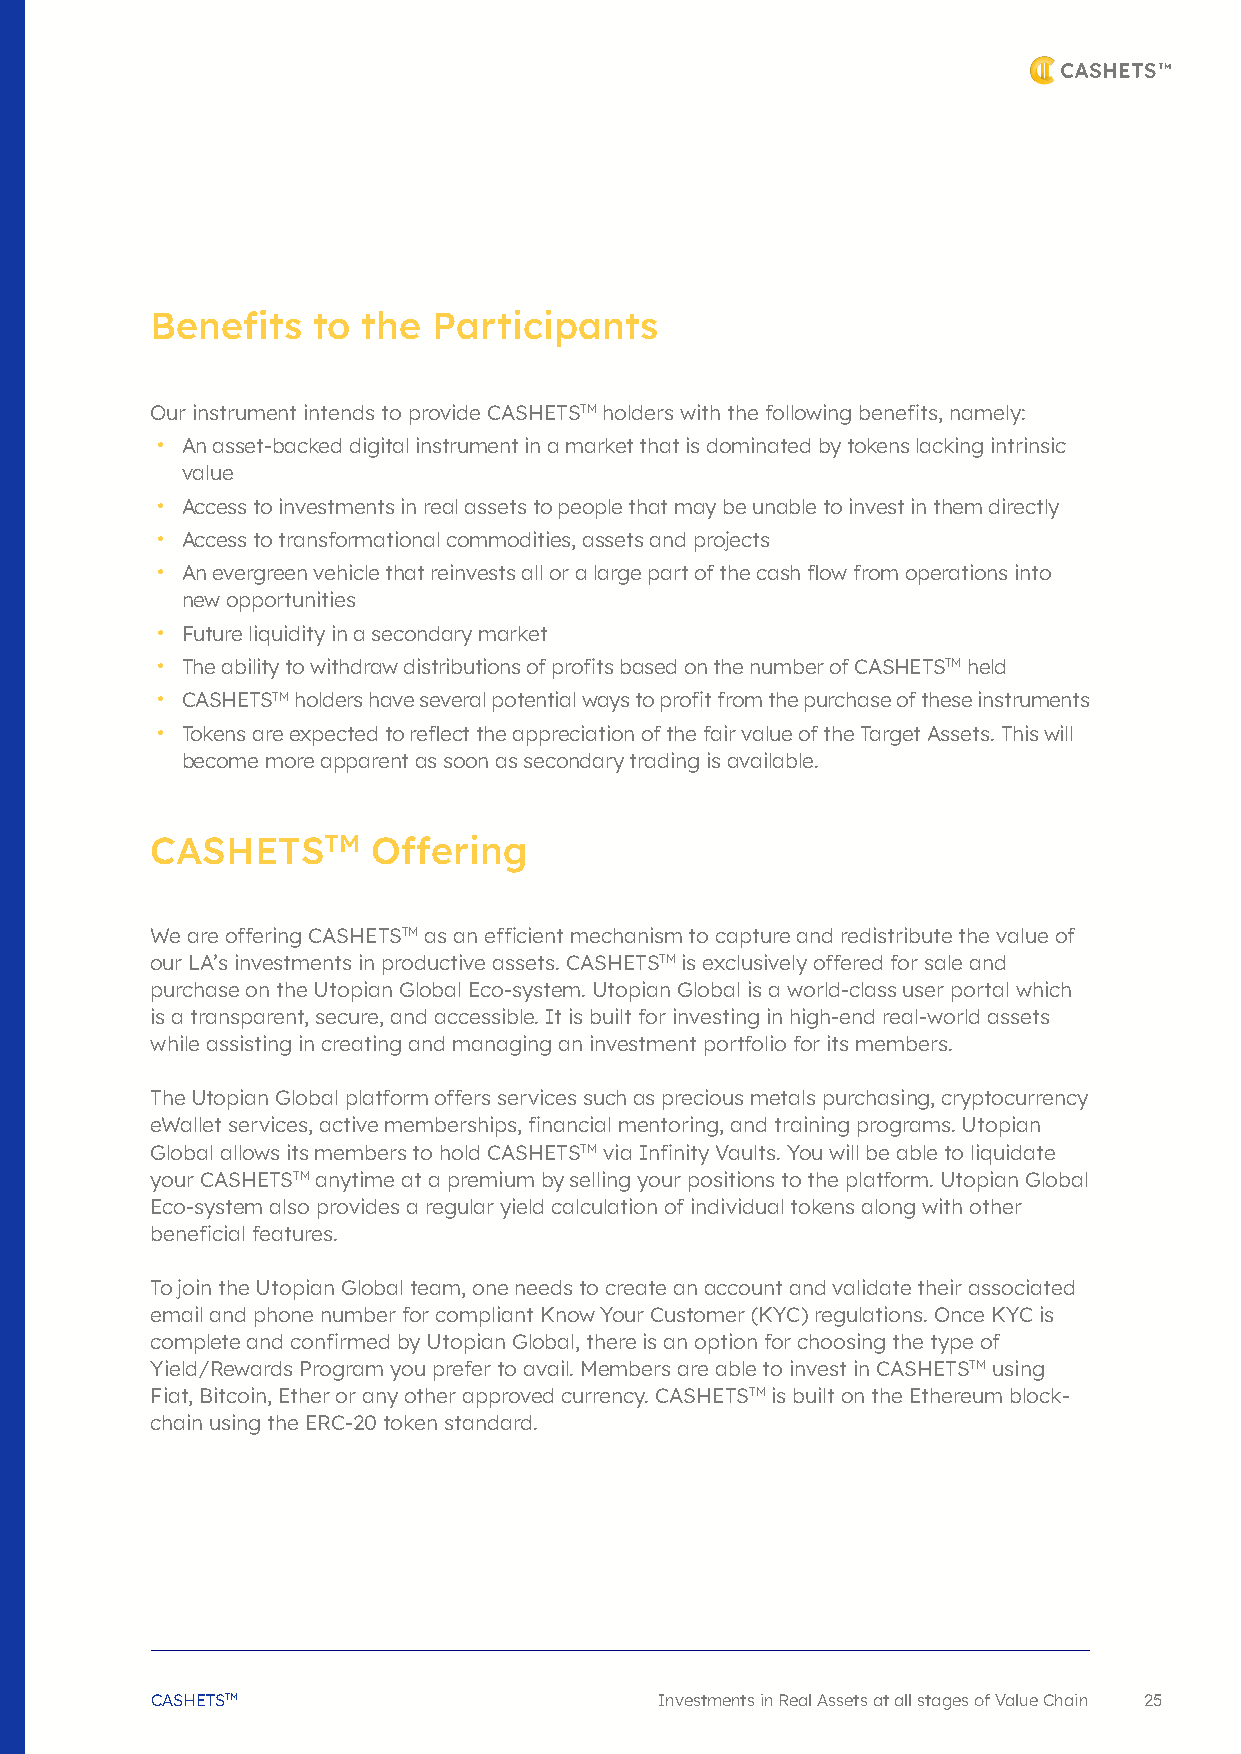
Benefits   to the  Participants
 Our instrument intends to provide CASHETSTM holders with the following benefits, namely:
 • An asset-backed digital instrument in a market that is dominated by tokens lacking intrinsic
 value
 • Access to investments in real assets to people that may be unable to invest in them directly
 • Access to transformational commodities, assets and projects
 • An evergreen vehicle that reinvests all or a large part of the cash flow from operations into
 new opportunities
 • Future liquidity in a secondary market
 • The ability to withdraw distributions of profits based on the number of CASHETSTM held
 • CASHETSTM holders have several potential ways to profit from the purchase of these instruments
 • Tokens are expected to reflect the appreciation of the fair value of the Target Assets. This will
 become more apparent as soon as secondary trading is available.
 CASHETSTM      Offering
 We are offering CASHETSTM as an efficient mechanism to capture and redistribute the value of
 our LA’s investments in productive assets. CASHETSTM is exclusively offered for sale and
 purchase on the Utopian Global Eco-system. Utopian Global is a world-class user portal which
 is a transparent, secure, and accessible. It is built for investing in high-end real-world assets
 while assisting in creating and managing an investment portfolio for its members.
 The Utopian Global platform offers services such as precious metals purchasing, cryptocurrency
 eWallet services, active memberships, financial mentoring, and training programs. Utopian
 Global allows its members to hold CASHETSTM via Infinity Vaults. You will be able to liquidate
 your CASHETSTM anytime at a premium by selling your positions to the platform. Utopian Global
 Eco-system also provides a regular yield calculation of individual tokens along with other
 beneficial features.
 To join the Utopian Global team, one needs to create an account and validate their associated
 email and phone number for compliant Know Your Customer (KYC) regulations. Once KYC is
 complete and confirmed by Utopian Global, there is an option for choosing the type of
 Yield/Rewards Program you prefer to avail. Members are able to invest in CASHETSTM using
 Fiat, Bitcoin, Ether or any other approved currency. CASHETSTM is built on the Ethereum block-
 chain using the ERC-20 token standard.
 CASHETSTM                         Investments in Real Assets at all stages of Value Chain 25